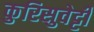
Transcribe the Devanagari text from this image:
कुरिसुवेट्टी